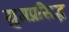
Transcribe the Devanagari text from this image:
युगप्रसिद्ध